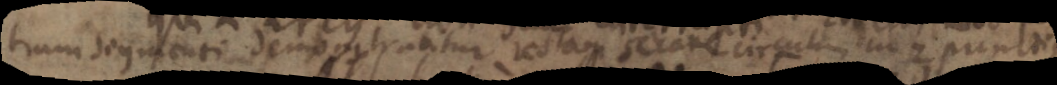
trum segmenti demonstrantur rectam secare circulum in Z puncti